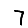
Digit: 7